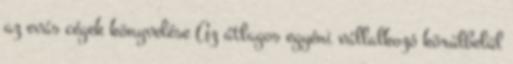
az evás cégek könyvelése Az átlagos egyéni vállalkozó körülbelül